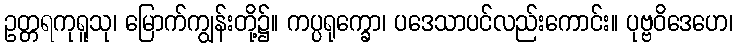
ဥတ္တရကုရူသု၊ မြောက်ကျွန်းတို့၌။ ကပ္ပရုက္ခော၊ ပဒေသာပင်လည်းကောင်း။ ပုဗ္ဗဝိဒေဟေ၊